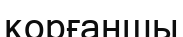
қорғаншы